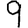
Digit: 9